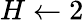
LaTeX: H\gets 2